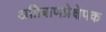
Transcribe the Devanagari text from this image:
अग्निबाणप्रेक्षेपक